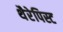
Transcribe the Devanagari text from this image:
थैरेपिस्ट